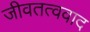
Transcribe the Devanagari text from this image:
जीवतत्ववाद